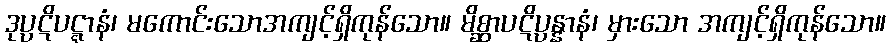
ဒုပ္ပဋိပဋ္ဋာနံ၊ မကောင်းသောအကျင့်ရှိကုန်သော။ မိစ္ဆာပဋိပ္ပန္နာနံ၊ မှားသော အကျင့်ရှိကုန်သော။